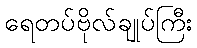
ရေတပ်ဗိုလ်ချုပ်ကြီး